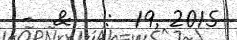
-  &   :  19